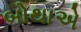
બોથાએ